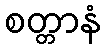
စတ္တာနံ